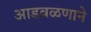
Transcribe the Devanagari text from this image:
आडवळणाने